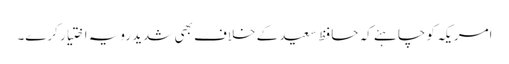
امریکہ کو چاہئے کہ حافظ سعید کے خلاف بھی شدید رویہ اختیار کرے۔